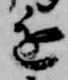
進